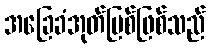
အခြေခံအုတ်မြစ်ဖြစ်သည်